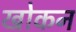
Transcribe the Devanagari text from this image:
खोकन